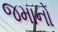
જમાનો